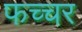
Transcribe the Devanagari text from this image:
फच्चर